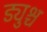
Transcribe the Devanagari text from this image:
ड्युश्च